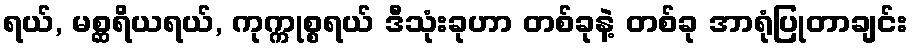
ရယ်, မစ္ဆရိယရယ်, ကုက္ကုစ္စရယ် ဒီသုံးခုဟာ တစ်ခုနဲ့ တစ်ခု အာရုံပြုတာချင်း